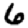
Digit: 6